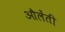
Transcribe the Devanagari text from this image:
औलेंती